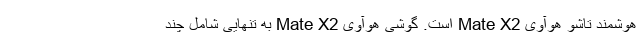
هوشمند تاشو هوآوی Mate X2 است. گوشی هوآوی Mate X2 به تنهایی شامل چند